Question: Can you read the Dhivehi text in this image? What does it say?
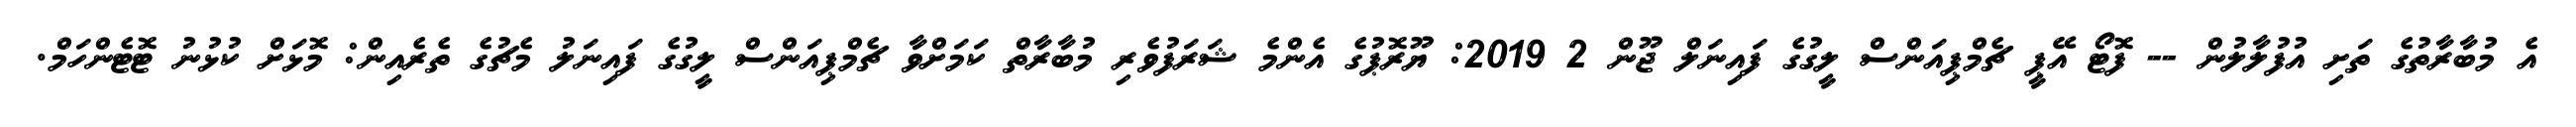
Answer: އެ މުބާރާތުގެ ތަށި އުފުލާލުން -- ފޮޓޯ އޭޕީ ޗެމްޕިއަންސް ލީގުގެ ފައިނަލް ޖޫން 2 2019: ޔޫރޮޕުގެ އެންމެ ޝަރަފުވެރި މުބާރާތް ކަމަށްވާ ޗެމްޕިއަންސް ލީގުގެ ފައިނަލު މެޗުގެ ތެރެއިން: މޮޅަށް ކުޅުނު ޓޮޓެންހަމް.